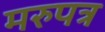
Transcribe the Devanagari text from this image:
मरुपत्र